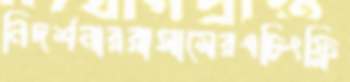
নিদর্শনাররাসামেরএচিংফ্লি